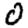
Digit: 0